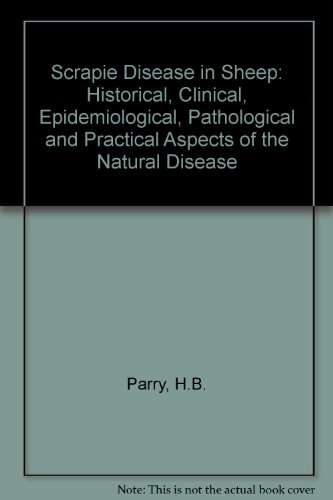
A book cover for Scrapie Disease in Sheep; Author Unknown; Medical Books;